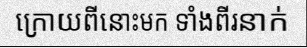
ក្រោយពីនោះមក ទាំងពីរនាក់